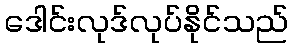
ဒေါင်းလုဒ်လုပ်နိုင်သည်